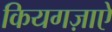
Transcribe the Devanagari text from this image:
कियगज़ाएे